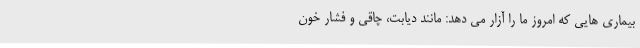
بیماری هایی که امروز ما را آزار می دهد: مانند دیابت، چاقی و فشار خون